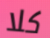
كلا